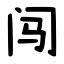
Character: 闯